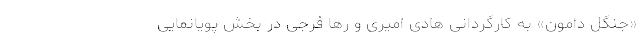
«جنگل دامون» به کارگردانی هادی امیری و رها فرجی در بخش پویانمایی